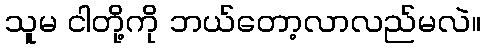
သူမ ငါတို့ကို ဘယ်တော့လာလည်မလဲ။